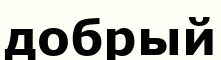
добрый